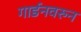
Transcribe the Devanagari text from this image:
गार्डनवरुन